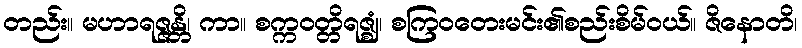
တည်း။ မဟာရဇ္ဇန္တိ၊ ကာ။ စက္ကဝတ္တိရဇ္ဈံ၊ စကြဝတေးမင်း၏စည်းစိမ်ဝယ်။ ဇိနောတိ၊